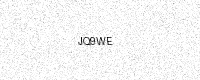
Text: JQ9WE